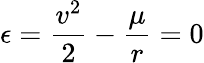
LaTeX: \epsilon={\frac{v^{2}}{2}}-{\frac{\mu}{r}}=0